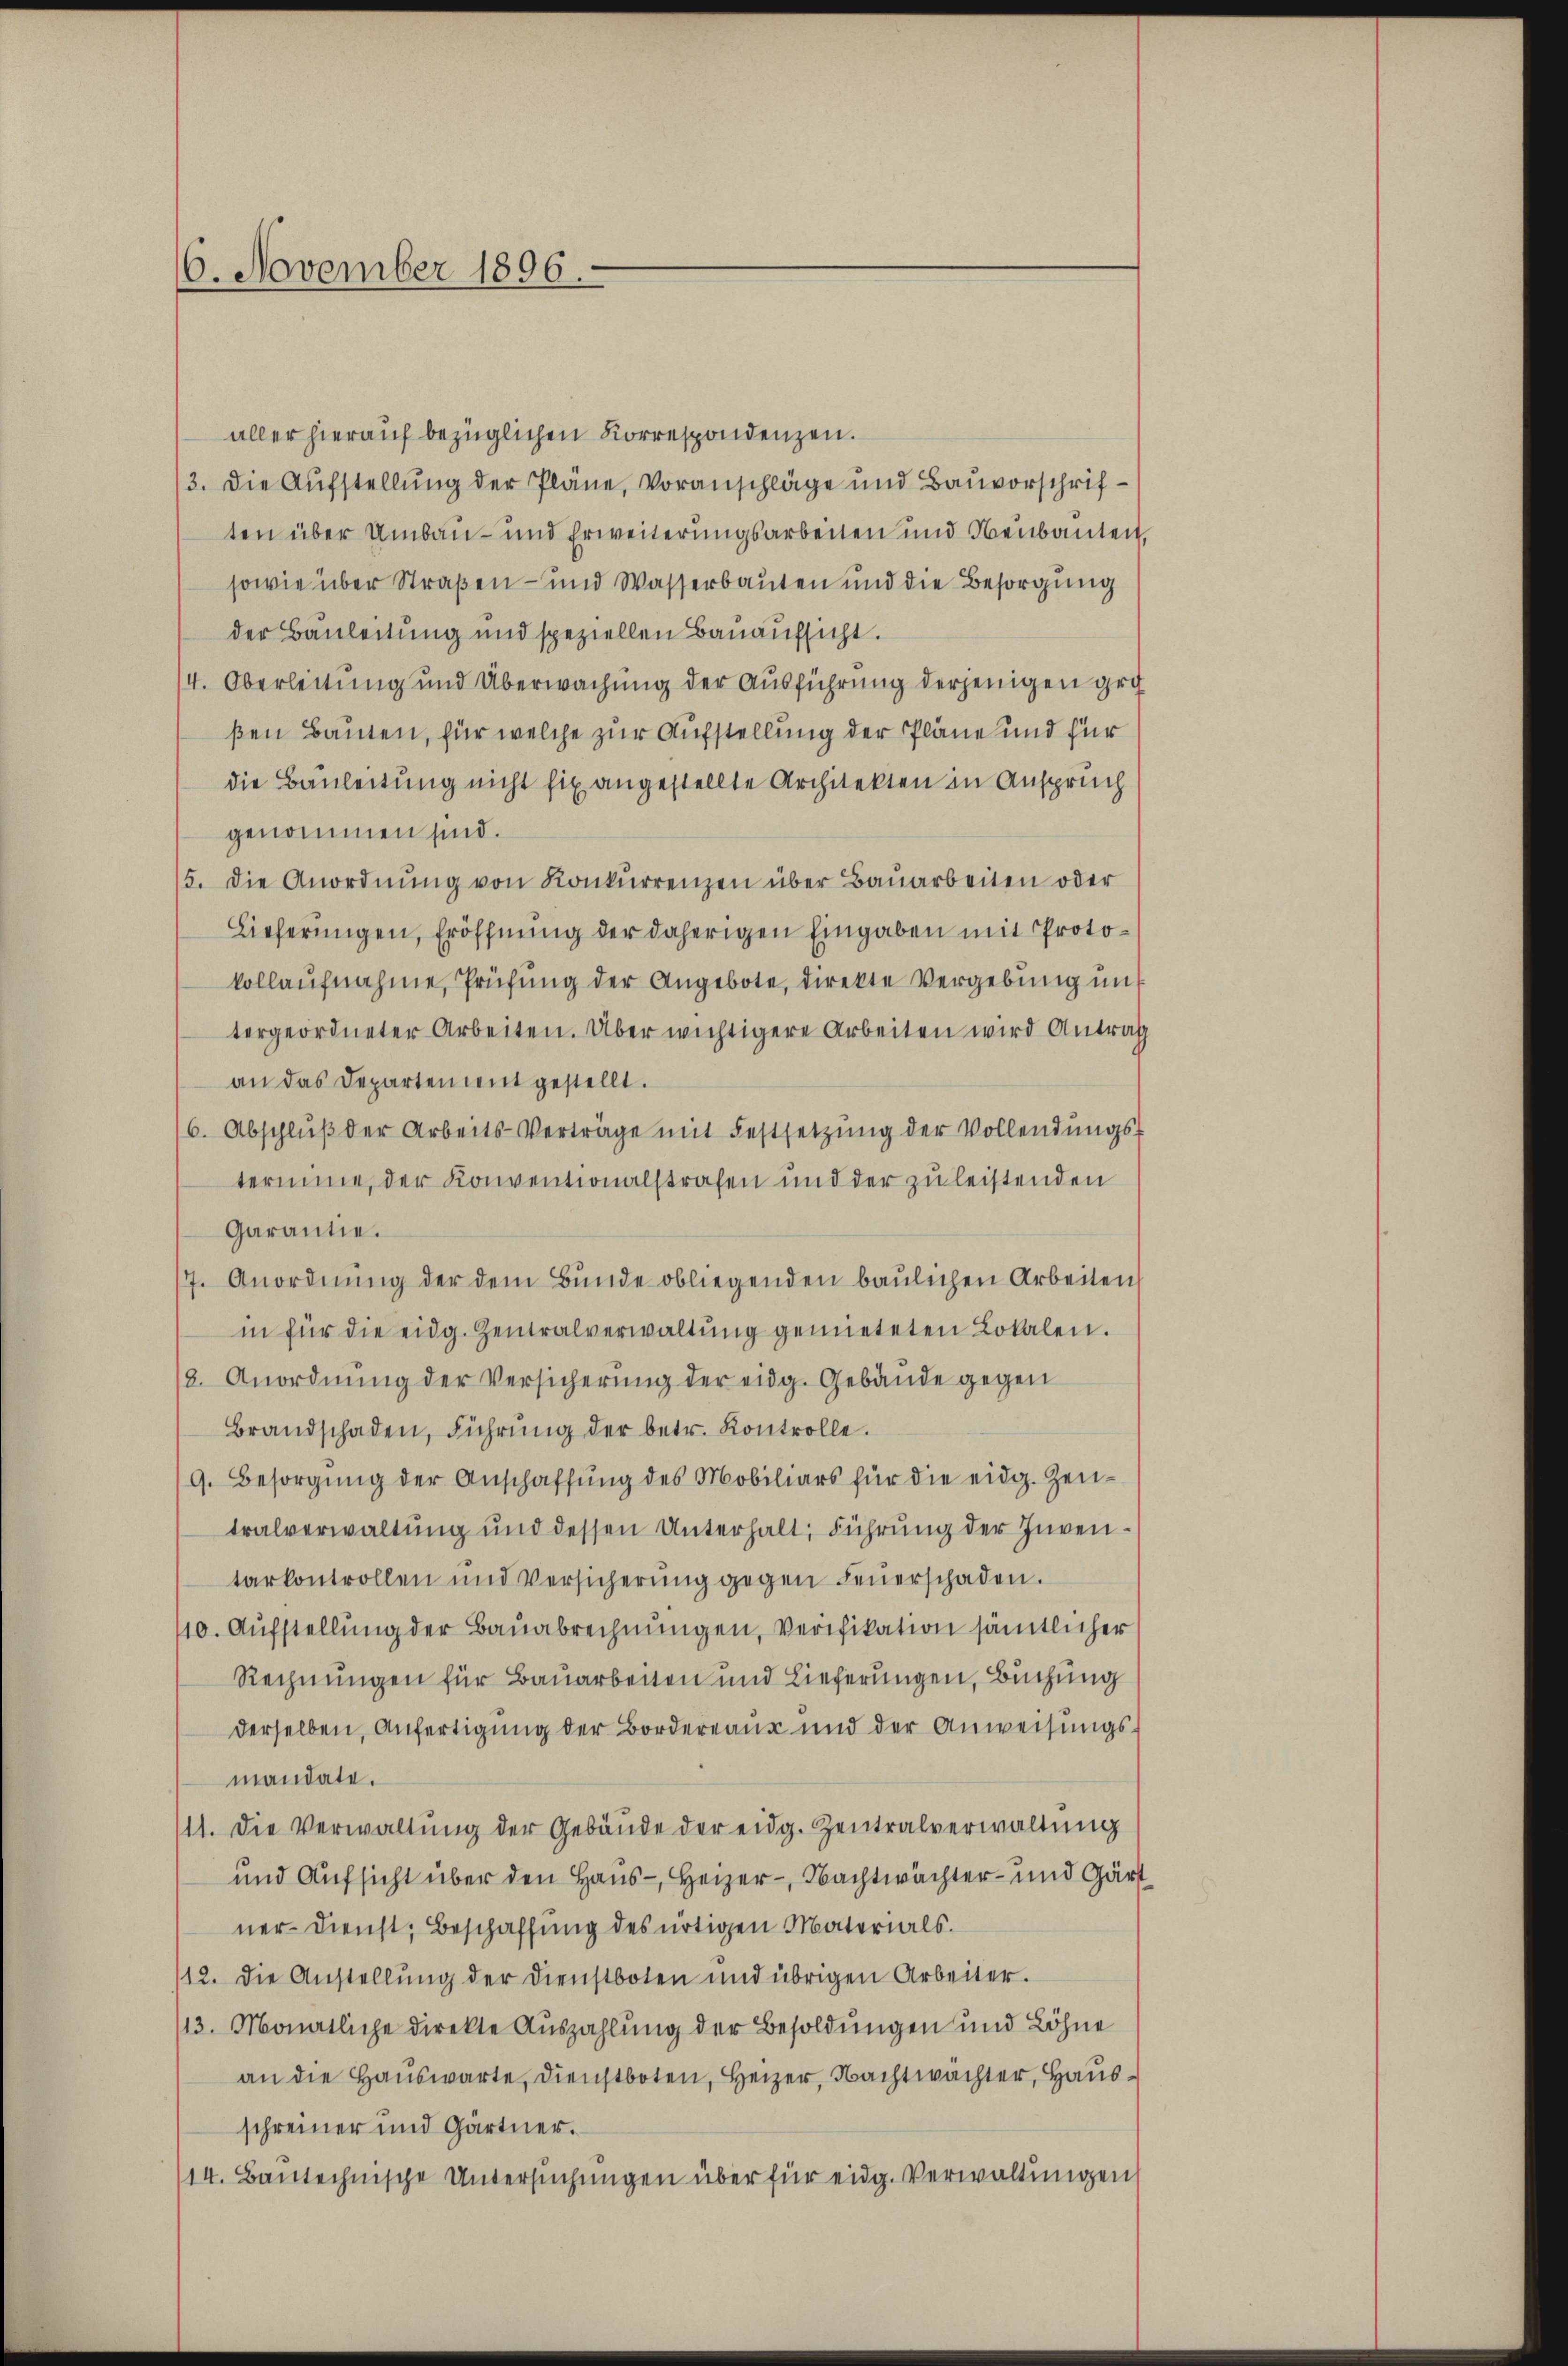
6. November 1896.

aller hierauf bezüglichen Korrespondenzen.
3. Die Aufstellung der Pläne, Voranschläge und Bauvorschriften über Umbau- und Erweiterungsarbeilen und Neubauten,
sowie über Straßen- und Wasserbauten und die Besorgung
der Bauleitung und speziellen Bauaufsicht.
4. Oberleitung und Überwachung der Ausführung derjenigen großen Bauten, für welche zur Aufstellung der Pläne und für
die Bauleitung nicht fix angestellte Architekten in Anspruch
genommen sind.
15. die Anordnŭng von Konkŭrrenzen über Baŭarbeiten oder
Lieferungen, Eröffnung der daherigen Eingaben mit Protokollaŭfnahme, Prüfŭng der Angebote, direkte Vergebŭng in
tergeordneter Arbeiten. Über wichtigere Arbeiten wird Antrag
an das Departement gestellt.
6. Abschlŭβ der Arbeits-Verträge mit Festsetzŭng der Vollendŭngs-
termine, der Konventionalstrafen und der zu leistenden
Garantie.
17. Anordnŭng der dem Bŭnde obliegenden baŭlichen Arbeiten
in für die eidg. Zentralverwaltŭng gemieteten Lokalen.
12. Anordnŭng der Versicherŭng der eidg. Gebäude gegen
Brandschaden, Führŭng der betr. Kontrolle.
9. Besorgŭng der Anschaffung des Mobiliars für die eidg. Zeutralverwaltung und dessen Unterhalt, Führung der Inventarkontrollen und Versicherŭng gegen Feŭerschaden.
110. Aufstellung der Bauabrechnungen, Verifikation sämtlicher
Rechnungen für Bauarbeiten und Lieferungen, Buchung
derselben, Anfertigung der Bordereaus und der Anweisungsmandate.
111. Die Verwaltung der Gebäude der eidg. Zentralverwaltung
und Aufsicht über den Haus- Heizer-, Nachtwächter- und Gärt
ner-Dienst, Beschaffung des artigen Materials.
/12. die Anstellŭng der Dienstboten und übrigen Arbeiter.
13. Monatliche direkte Auszahlung der Besoldungen und Löhne
an die Hauswarte, dienstboten, Heizer, Nachtwachter, Hausschreiner und Gärtner.
/14. Bautechnische Untersuchungen über für eidg. Verwaltungen